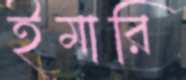
ইমারি